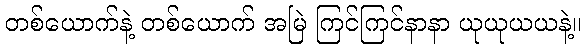
တစ်ယောက်နဲ့ တစ်ယောက် အမြဲ ကြင်ကြင်နာနာ ယုယုယယနဲ့။